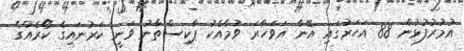
އުމުރުފުޅުން 88 އަހަރުގައި އޭނާ އަވަހާރަ ވުމާއެކު ޕާކިސްތާނު ވަނީ ކަރުނައިގެ ކޯރެއްގެ